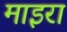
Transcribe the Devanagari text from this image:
माइरा